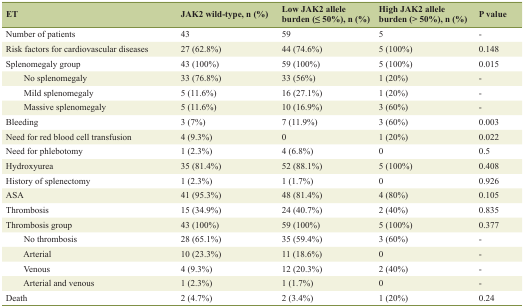
<table><thead><tr><td><b>ET</b></td><td><b>JAK2 wild-type, n (%)</b></td><td><b>Low JAK2 allele burden (≤ 50%), n (%)</b></td><td><b>High JAK2 allele burden (&gt; 50%), n (%)</b></td><td><b>P value</b></td></tr></thead><tbody><tr><td>Number of patients</td><td>43</td><td>59</td><td>5</td><td>-</td></tr><tr><td>Risk factors for cardiovascular diseases</td><td>27 (62.8%)</td><td>44 (74.6%)</td><td>5 (100%)</td><td>0.148</td></tr><tr><td>Splenomegaly group</td><td>43 (100%)</td><td>59 (100%)</td><td>5 (100%)</td><td>0.015</td></tr><tr><td>No splenomegaly</td><td>33 (76.8%)</td><td>33 (56%)</td><td>1 (20%)</td><td>-</td></tr><tr><td>Mild splenomegaly</td><td>5 (11.6%)</td><td>16 (27.1%)</td><td>1 (20%)</td><td>-</td></tr><tr><td>Massive splenomegaly</td><td>5 (11.6%)</td><td>10 (16.9%)</td><td>3 (60%)</td><td>-</td></tr><tr><td>Bleeding</td><td>3 (7%)</td><td>7 (11.9%)</td><td>3 (60%)</td><td>0.003</td></tr><tr><td>Need for red blood cell transfusion</td><td>4 (9.3%)</td><td>0</td><td>1 (20%)</td><td>0.022</td></tr><tr><td>Need for phlebotomy</td><td>1 (2.3%)</td><td>4 (6.8%)</td><td>0</td><td>0.5</td></tr><tr><td>Hydroxyurea</td><td>35 (81.4%)</td><td>52 (88.1%)</td><td>5 (100%)</td><td>0.408</td></tr><tr><td>History of splenectomy</td><td>1 (2.3%)</td><td>1 (1.7%)</td><td>0</td><td>0.926</td></tr><tr><td>ASA</td><td>41 (95.3%)</td><td>48 (81.4%)</td><td>4 (80%)</td><td>0.105</td></tr><tr><td>Thrombosis</td><td>15 (34.9%)</td><td>24 (40.7%)</td><td>2 (40%)</td><td>0.835</td></tr><tr><td>Thrombosis group</td><td>43 (100%)</td><td>59 (100%)</td><td>5 (100%)</td><td>0.377</td></tr><tr><td>No thrombosis</td><td>28 (65.1%)</td><td>35 (59.4%)</td><td>3 (60%)</td><td>-</td></tr><tr><td>Arterial</td><td>10 (23.3%)</td><td>11 (18.6%)</td><td>0</td><td>-</td></tr><tr><td>Venous</td><td>4 (9.3%)</td><td>12 (20.3%)</td><td>2 (40%)</td><td>-</td></tr><tr><td>Arterial and venous</td><td>1 (2.3%)</td><td>1 (1.7%)</td><td>0</td><td>-</td></tr><tr><td>Death</td><td>2 (4.7%)</td><td>2 (3.4%)</td><td>1 (20%)</td><td>0.24</td></tr></tbody></table>